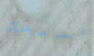
اسامحك